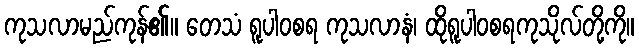
ကုသလာမည်ကုန်၏။ တေသံ ရူပါဝစရ ကုသလာနံ၊ ထိုရူပါဝစရကုသိုလ်တို့ကို။